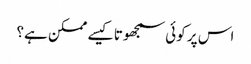
اس پر کوئی سمجھوتا کیسے ممکن ہے؟